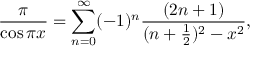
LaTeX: { \frac { \pi } { \cos \pi x } } = \sum _ { n = 0 } ^ { \infty } ( - 1 ) ^ { n } { \frac { ( 2 n + 1 ) } { ( n + { \frac { 1 } { 2 } } ) ^ { 2 } - x ^ { 2 } } } ,